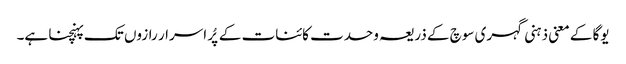
یوگا کے معنی ذہنی گہری سوچ کے ذریعہ وحدت کائنات کے پُر اسرار رازوں تک پہنچنا ہے۔